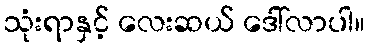
သုံးရာနှင့် လေးဆယ် ဒေါ်လာပါ။